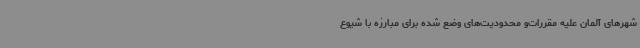
شهرهای آلمان علیه مقررات‌و محدودیت‌های وضع شده برای مبارزه با شیوع